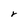
Character: r